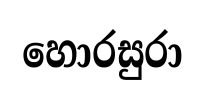
හොරසුරා